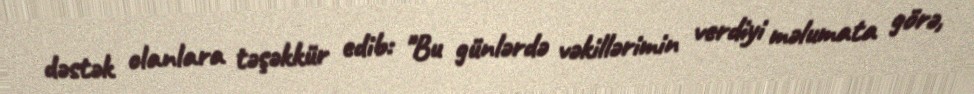
dəstək olanlara təşəkkür edib: "Bu günlərdə vəkillərimin verdiyi məlumata görə,